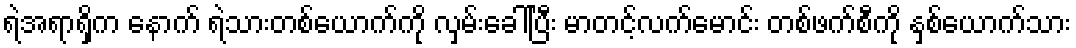
ရဲအရာရှိက နောက် ရဲသားတစ်ယောက်ကို လှမ်းခေါ်ပြီး မာတင့်လက်မောင်း တစ်ဖက်စီကို နှစ်ယောက်သား